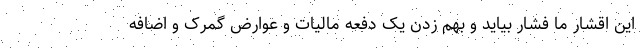
این اقشار ما فشار بیاید و بهم زدن یک دفعه مالیات و عوارض گمرک و اضافه